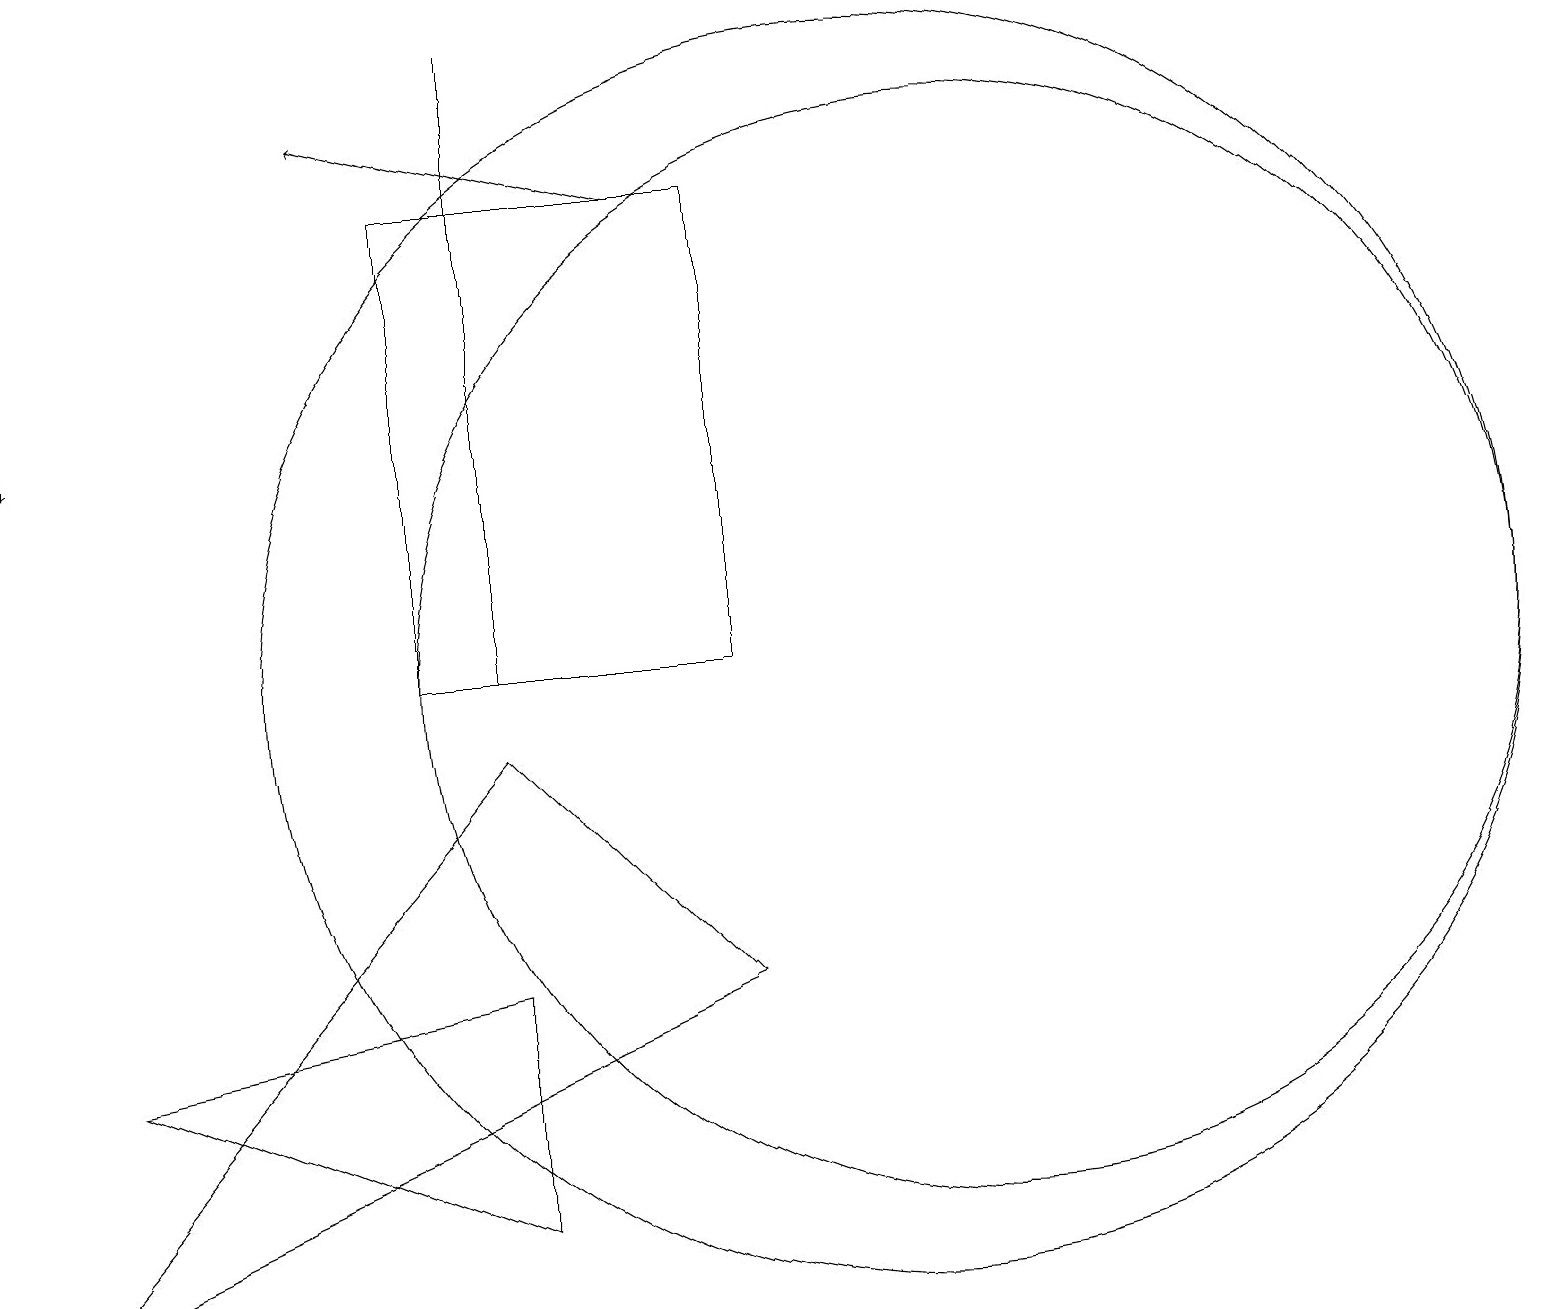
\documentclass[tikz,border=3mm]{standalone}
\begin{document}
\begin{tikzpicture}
\draw (12,10) circle (7);
\draw (6,6) -- (6,3) -- (1,5) -- cycle;
\draw[->] (0,18) -- (0,13);
\draw (5,10) rectangle (9,16);
\draw (0,2) -- (9,6) -- (6,9) -- cycle;
\draw (6,18) rectangle (6,10);
\draw[->] (8,16) -- (4,17);
\draw (11,10) circle (8);
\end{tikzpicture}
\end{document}